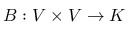
B : V \times V \rightarrow K